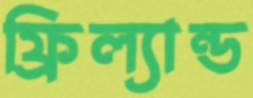
ফ্রিল্যান্ড